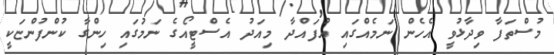
މުސްތަފާ ވިދާޅުވީ އެހެން ނަމެއްގައި އުފައްދާ މިއަދު އެސްޓީއޯގެ ނަމުަގައި ހިންގާ ކުންފުންޏަކީ